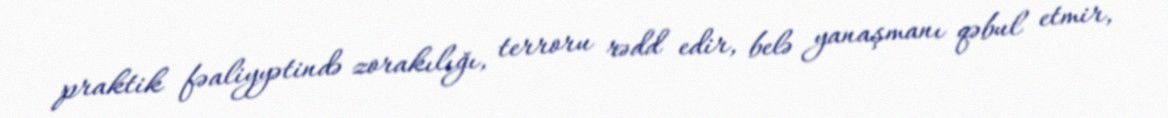
praktik fəaliyyətində zorakılığı, terroru rədd edir, belə yanaşmanı qəbul etmir,